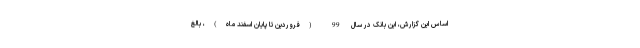
اساس این گزارش، این بانک در سال 99 (فروردین تا پایان اسفند ماه)، بالغ